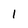
Character: 1